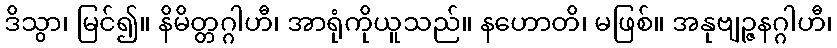
ဒိသွာ၊ မြင်၍။ နိမိတ္တဂ္ဂါဟီ၊ အာရုံကိုယူသည်။ နဟောတိ၊ မဖြစ်။ အနုဗျဉ္ဇနဂ္ဂါဟီ၊